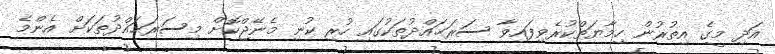
އަދި މީގެ އިތުރުން ހިމާޔަތްކުރެވިފައިވާ ސަރަޙައްދުތަކުގައި ހުރި ކުނި މެނޭޖްކޮށް މިސަރަޙައްދުތަކަށް އެންމެ